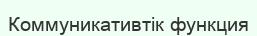
Коммуникативтік функция